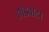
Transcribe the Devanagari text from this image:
आडवाटा